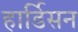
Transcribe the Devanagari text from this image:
हार्डिसन